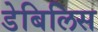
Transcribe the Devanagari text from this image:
डेबिलिस